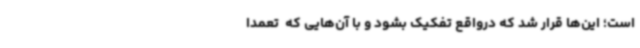
است؛ این‌ها قرار شد که درواقع تفکیک بشود و با آن‌هایی که ً تعمداً